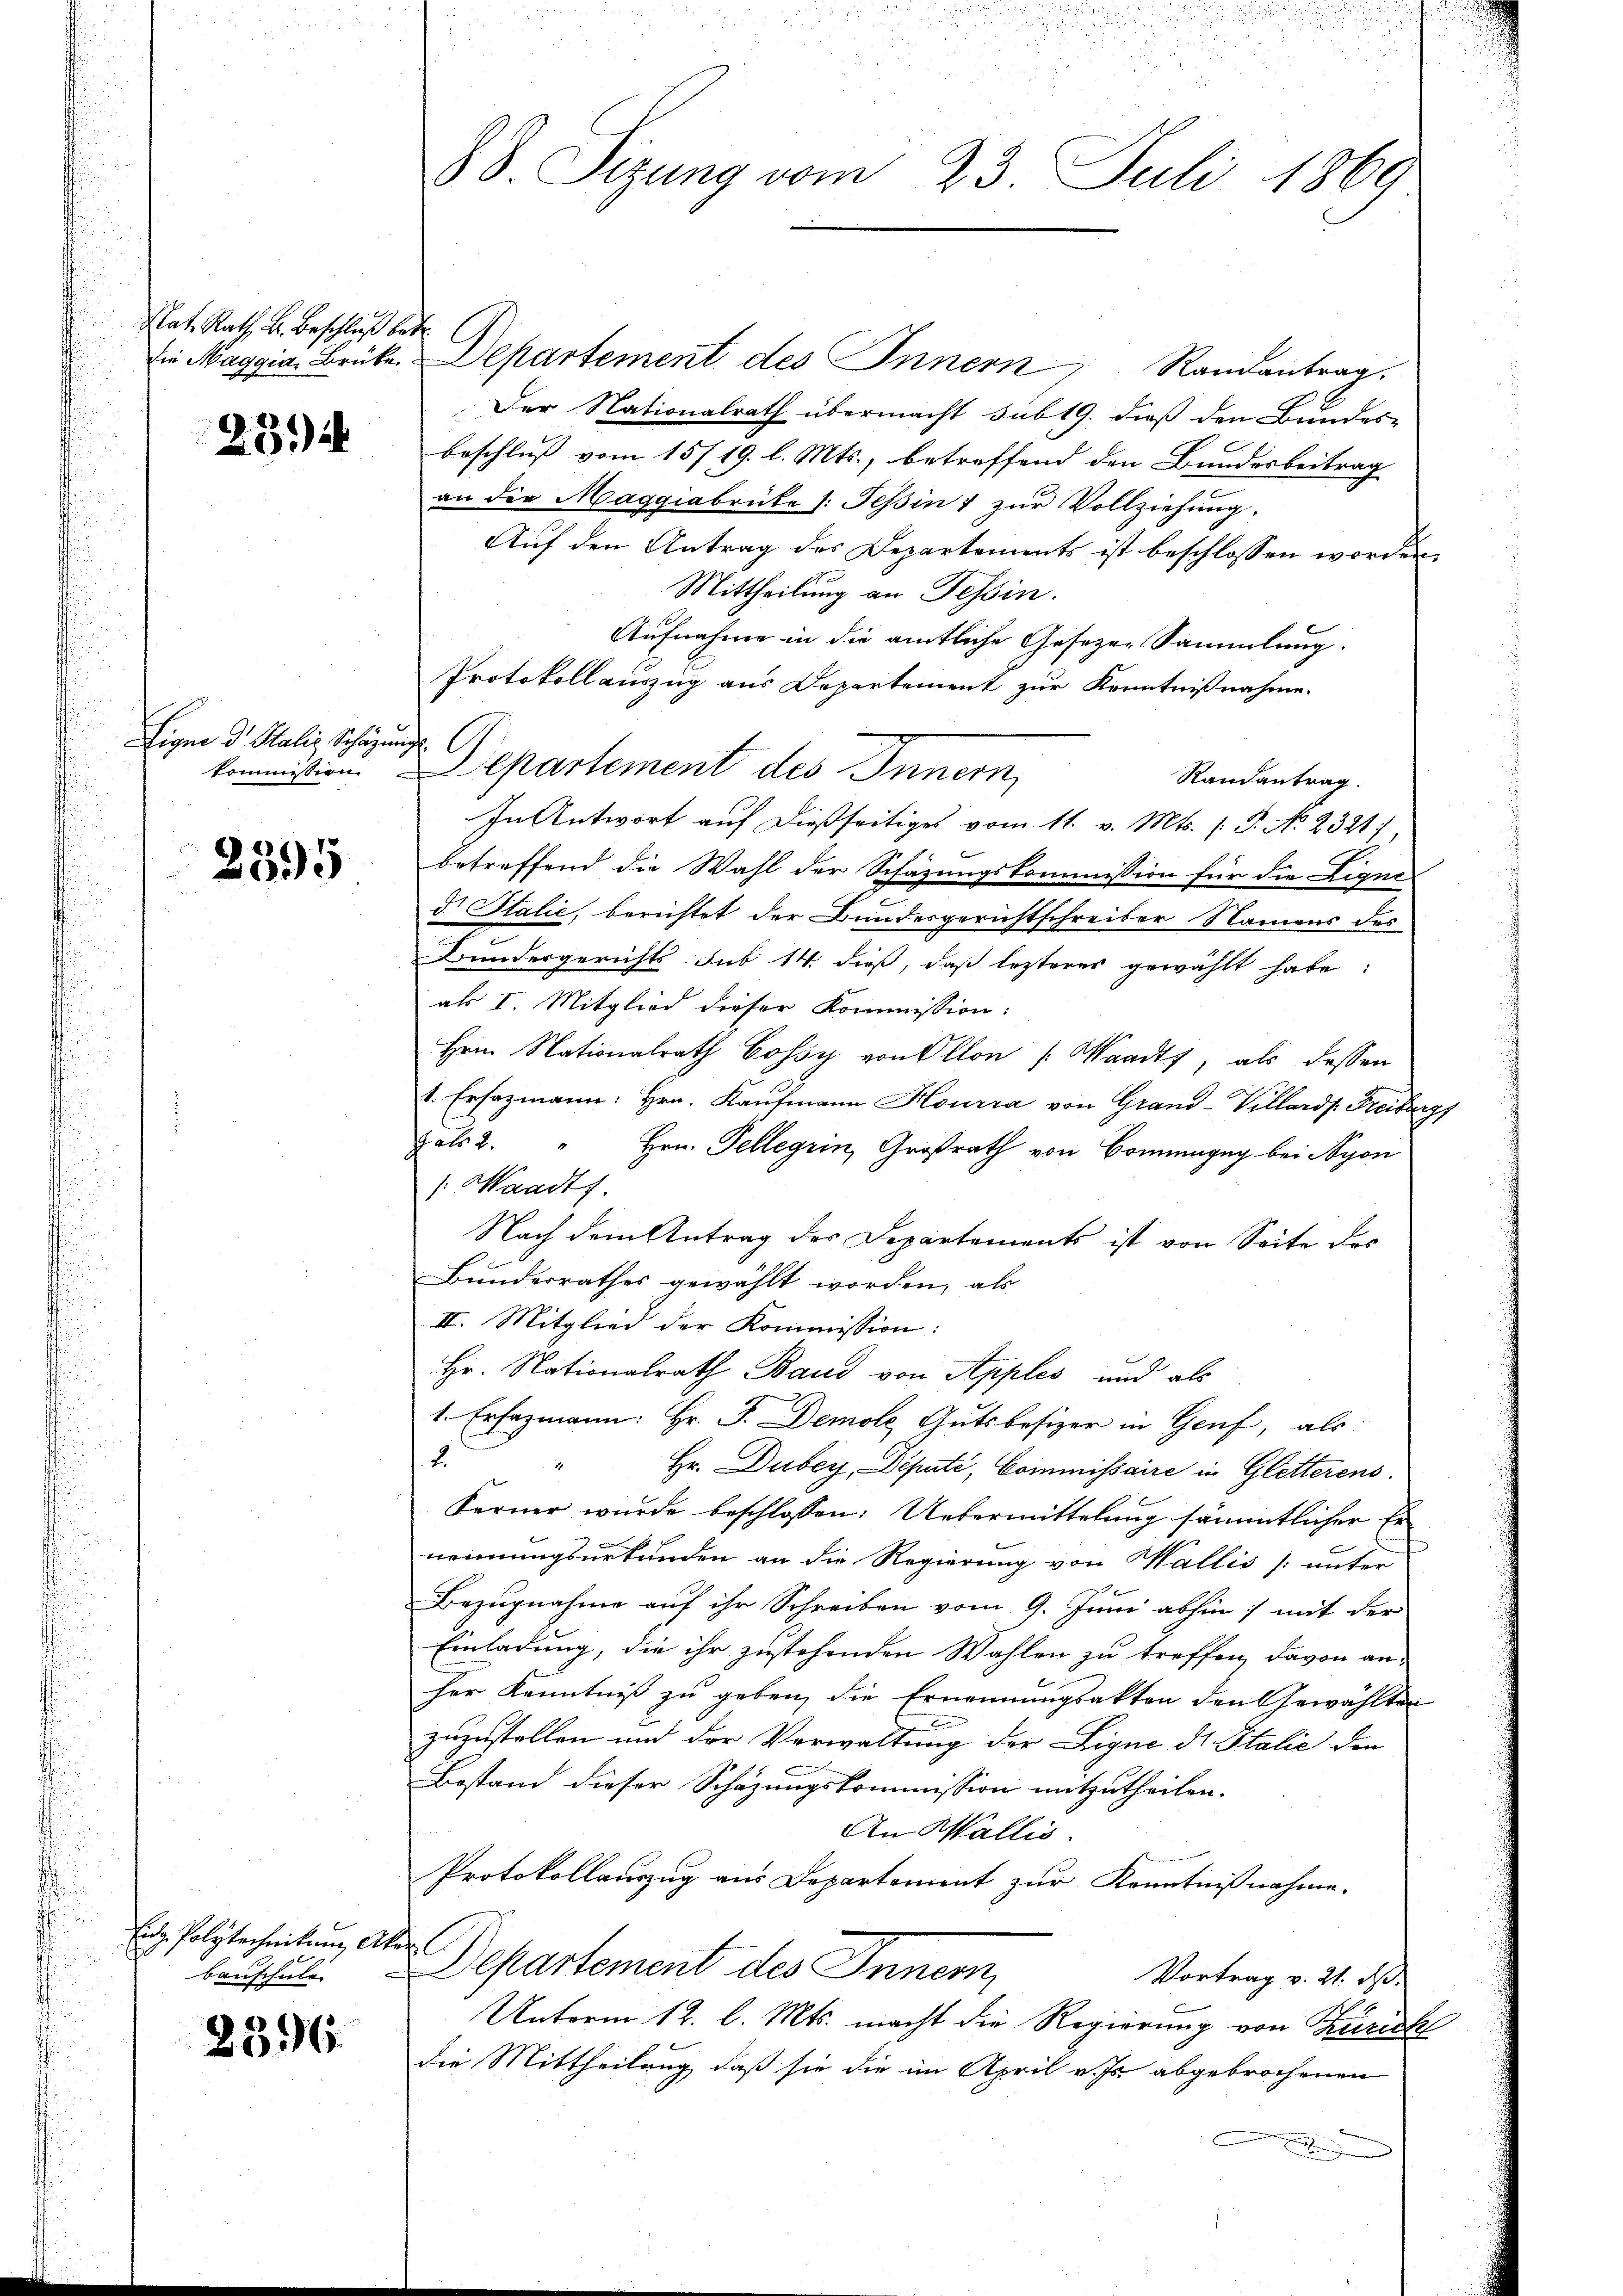
Nat. Rath. B. Beschluß betr.

23

Eigne d. Stalis Schazung

2395

Eidg. Polytechnikum Akerl

236.

d
38. Sizung vom 23. Juli 1869

die Maggia, Brüke Departement des Innern Randantrag.
Der Nationalrath übermacht sub 19. dieß den Bundes-
beschluß vom 15/19. l. Mts., betreffend den Bundesbeitrag
an die Maggiabrüke /: Pepin & zur Vollziehung.
Auf den Antrag des Departements ist beschlossen worden,
Mittheilung an Tessin.
Aufnahme in die amtliche Gesezen Sammlung.
Protokoll auszug aus Departement zur Kenntnißnahme.
kommission. Departement des Innern,
Randantrag.
In Antwort auf dießseitiges vom 11. v. Mts. (T. No. 2321
betreffend die Wahl der Schäzungskommission für die Liqui-
d Italić, berichtet der Bundesgerichtschreiber Namens des
Bundergerichts sub 14 dieß, daß lezteres gewählt habe:
als I. Mitglied dieser Kommission:
Hrn. Nationalrath Cossy von Allon (Waadt, als dessen
t. Ersazmann: Hrn. Kaufmann Hourra von Grand-Villards Freiburgs
gals 2. " Hrn. Tellegrin, Großrath von Bonnangeg bei Nyon
/: Waadts.
Nach dem Antrag des Departements ist von Seite des
Bundesrathes gewählt worden, als
II. Mitglied der Kommission:
Hr. Nationalrath Baud von Apples und als
1. Erfazmann: Hr. F. Demole Gutsbesizer in Genf, als
2.
Hr. Dubey, Deputi, Commissaire in Gletterens.
Ferner wurde beschlossen: Uebermittelung sämmtlicher Er
nennungsurkunden an die Regierung von Wallis unter
Bezugnahme auf ihr Schreiben vom 9. Juni abhin) mit der
Einladung, die ihr zustehenden Wahlen zu treffen, davon an-
her Kenntniß zu geben, die Ernennungsakten den Gewählten

zuzustellen und der Verwaltung der Ligne ds Italie den
Bestand dieser Schazungskommission mitzutheilen.
An Wallis.
Protokollauszug aus Departement zur Kenntnißnahme.
beischel. Departement des Innern,
Vortrag v. 21. ds.
Unterm 12. l. Mts. macht die Regierung von Zürich
die Mittheilung, daß sie die im April v. Js. abgebrochenen